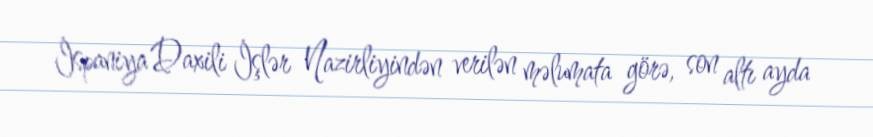
İspaniya Daxili İşlər Nazirliyindən verilən məlumata görə, son altı ayda